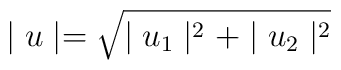
\mid u \mid = \sqrt{\mid u_{1}\mid^{2} + \mid u_{2}\mid^{2}}